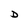
Character: D